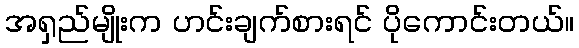
အရှည်မျိုးက ဟင်းချက်စားရင် ပိုကောင်းတယ်။